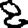
Digit: 8